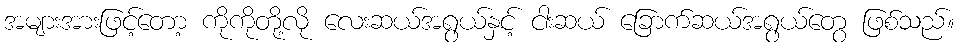
အများအားဖြင့်တော့ ကိုကိုတို့လို လေးဆယ်အရွယ်နှင့် ငါးဆယ် ခြောက်ဆယ်အရွယ်တွေ ဖြစ်သည်။